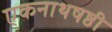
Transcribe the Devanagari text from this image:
एकनाथषष्ठी